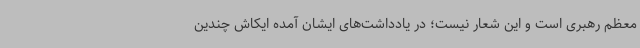
معظم رهبری است و این شعار نیست؛ در یادداشت‌های ایشان آمده ایکاش چندین